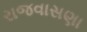
રાજવાસણા